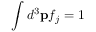
\int d ^ { 3 } \mathbf p f _ { j } = 1